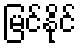
မြင်နိုင်